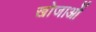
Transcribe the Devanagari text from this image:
खोजाओं